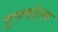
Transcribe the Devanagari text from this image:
सुफफोल्क